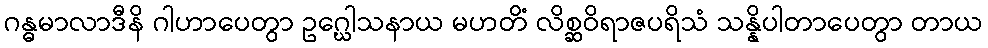
ဂန္ဓမာလာဒီနိ ဂါဟာပေတွာ ဥဂ္ဃေါသနာယ မဟတိံ လိစ္ဆဝိရာဇပရိသံ သန္နိပါတာပေတွာ တာယ